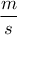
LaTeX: \frac { m } { s }